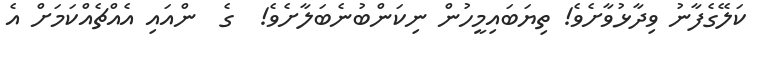
ކަލޭގެފާނު ވިދާޅުވާށެވެ! ތިޔަބައިމީހުން ނިކަންބުނެބަލާށެވެ!  ގެ  ންއައި އެއްޗެއްކަމަށް އެ